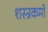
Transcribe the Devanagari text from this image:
शस्त्रकर्मों